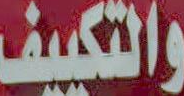
والتكييف